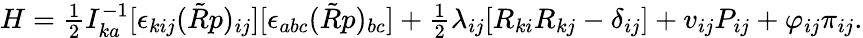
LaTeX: \begin{array}{r}{H=\frac 12I_{ka}^{-1}[\epsilon_{kij}(\tilde{R}p)_{ij}][\epsilon_{abc}(\tilde{R}p)_{bc}]+\frac 12\lambda_{ij}[R_{ki}R_{kj}-\delta_{ij}]+v_{ij}P_{ij}+\varphi_{ij}\pi_{ij}.}\end{array}